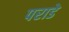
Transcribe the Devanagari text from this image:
पराडे